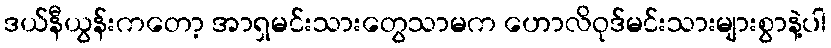
ဒယ်နီယွန်းကတော့ အာရှမင်းသားတွေသာမက ဟောလိဝုဒ်မင်းသားများစွာနဲ့ပါ